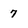
Character: 7